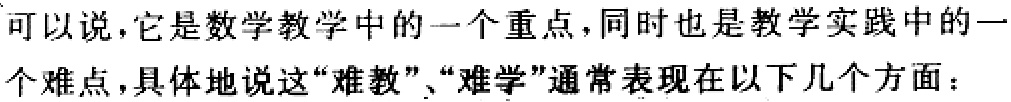
可以说，它是数学教学中的一个重点，同时也是教学实践中的一个难点，具体地说这“难教”、“难学”通常表现在以下几个方面：